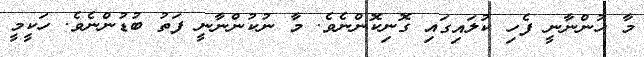
މާ ހުންނާނީ ފެހި ކުލައިގައި ގޮނިކޮންނެވެ. މާ ނުކުންނާނީ ފަތު ބުޑުންނެވެ. ހަކީމީ